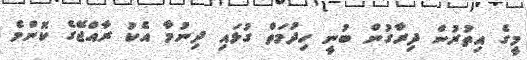
މީގެ އިތުރުން ދިރާގުން ބުނީ ހިދުމަތް ގުޅައި ދިނުމާ އެކު ރާއްޖޭގެ ކޮންމެ